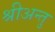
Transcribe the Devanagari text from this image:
श्रीअन्तु